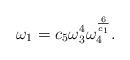
LaTeX: \begin{align*}\omega _{1}=c_{5}\omega _{3}^{4}\omega _{4}^{\frac{6}{c_{1}}}. \end{align*}